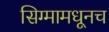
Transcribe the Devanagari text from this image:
सिग्मामधूनच